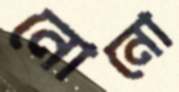
নোনো